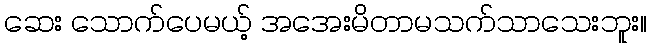
ဆေး သောက်ပေမယ့် အအေးမိတာမသက်သာသေးဘူး။